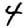
Digit: 4